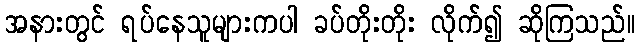
အနားတွင် ရပ်နေသူများကပါ ခပ်တိုးတိုး လိုက်၍ ဆိုကြသည်။